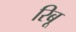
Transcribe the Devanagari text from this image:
रिबू